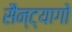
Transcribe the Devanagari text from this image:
सैन्ट्यागो